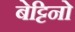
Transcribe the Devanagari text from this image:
बेट्टिनो